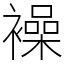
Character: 襙